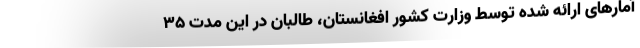
آمارهای ارائه شده توسط وزارت کشور افغانستان، طالبان در این مدت ۳۵